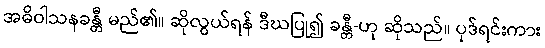
အဓိဝါသနခန္တီ မည်၏။ ဆိုလွယ်ရန် ဒီဃပြု၍ ခန္တီ-ဟု ဆိုသည်။ ပုဒ်ရင်းကား